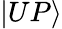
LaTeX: \vert UP\rangle